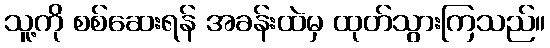
သူ့ကို စစ်ဆေးရန် အခန်းထဲမှ ထုတ်သွားကြသည်။